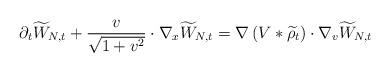
LaTeX: \begin{align*}\partial_t\widetilde{W}_{N,t}+ \frac{v}{\sqrt{1+v^2}} \cdot \nabla_x \widetilde{W}_{N,t}= \nabla\left( V * \widetilde{\rho}_t\right) \cdot \nabla_v \widetilde{W}_{N,t}\end{align*}